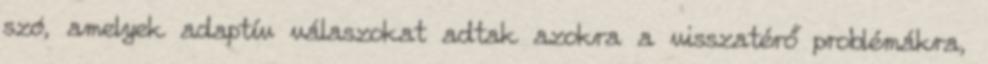
szó, amelyek adaptív válaszokat adtak azokra a visszatérő problémákra,